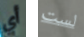
أي لست